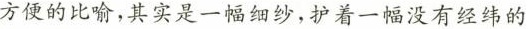
方便的比喻，其实是一幅细纱，护着一幅没有经纬的